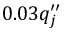
0 . 0 3 q _ { j } ^ { \prime \prime }